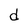
Character: d